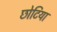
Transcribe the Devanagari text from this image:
छोटिया